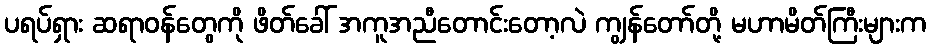
ပရပ်ရှား ဆရာဝန်တွေကို ဖိတ်ခေါ် အကူအညီတောင်းတော့လဲ ကျွန်တော်တို့ မဟာမိတ်ကြီးများက